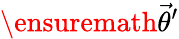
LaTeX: \ensuremath{\vec{\theta}}^{\prime}